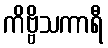
ကိဗ္ဗိသကာရီ